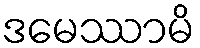
ဒမေဿာမိ